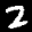
Label: 2